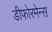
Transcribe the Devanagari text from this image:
डीफोरमेन्स